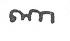
ណា